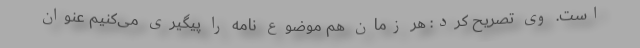
است. وی تصریح کرد: هر زمان هم موضوع نامه را پیگیری می‌کنیم عنوان